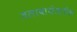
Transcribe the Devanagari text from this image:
तलावाशेजारील